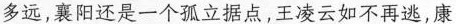
多远，赛阳还是一个孤立据点，王凌云如不再逃，康